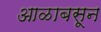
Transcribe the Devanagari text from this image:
आळाबसून